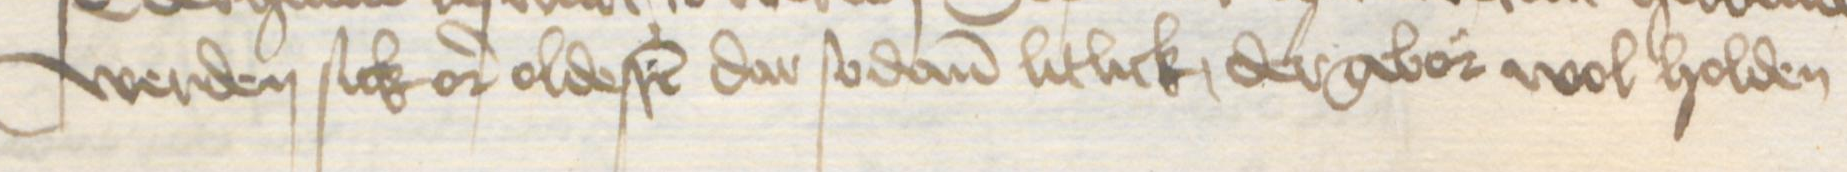
werden sick or oldesten dar sodanen litlick dergebor wol holden